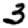
Digit: 3